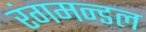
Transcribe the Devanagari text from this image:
रंगमन्डल